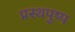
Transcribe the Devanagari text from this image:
प्रस्थपुष्प